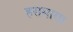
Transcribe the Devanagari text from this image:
हरामाया